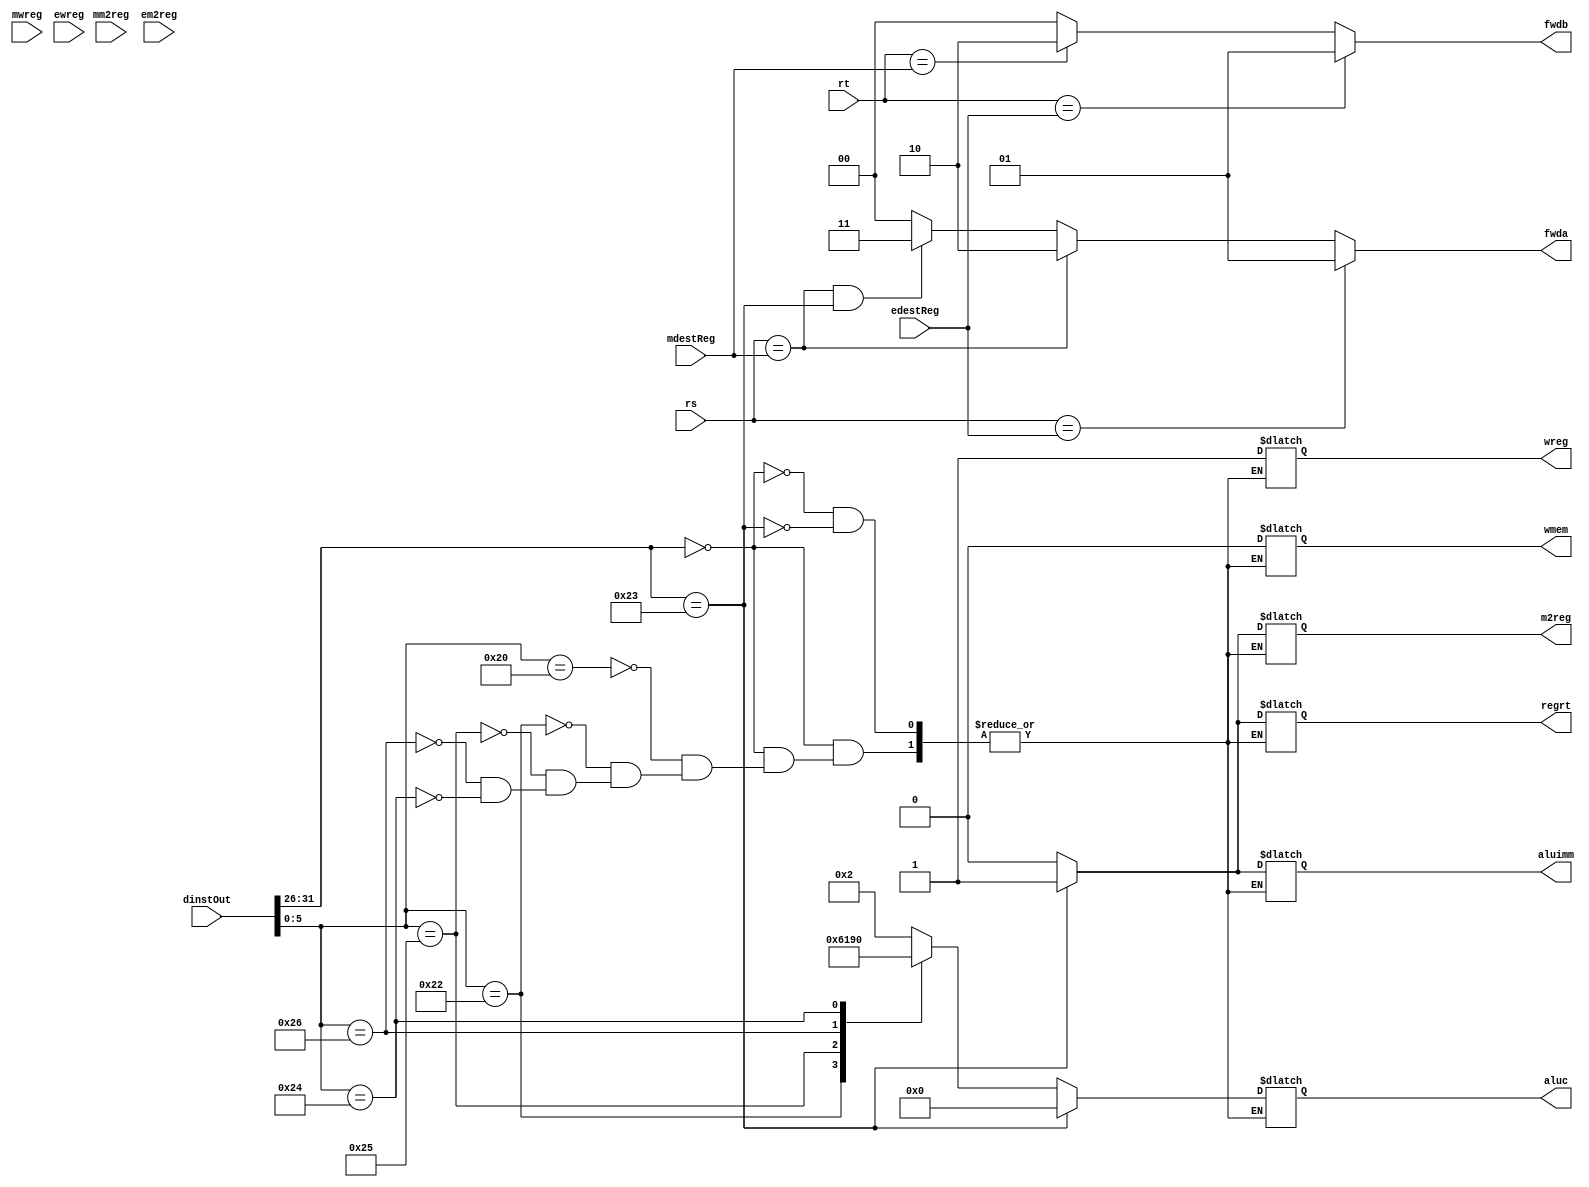
`timescale 1ns / 1ps
//////////////////////////////////////////////////////////////////////////////////
// Company: 
// Engineer: 
// 
// Design Name: 
// Module Name: controlUnit
// Project Name: 
// Target Devices: 
// Tool Versions: 
// Description: 
// 
// Dependencies: 
// 
// Revision:
// Revision 0.01 - File Created
// Additional Comments:
// 
//////////////////////////////////////////////////////////////////////////////////


module controlUnit(dinstOut, rs, rt, mdestReg, mm2reg, mwreg, edestReg, em2reg, ewreg, wreg, m2reg, wmem, aluc, aluimm, regrt, fwda, fwdb);
    input wire [31:0] dinstOut;
    input wire [4:0] rs;
    input wire [4:0] rt;
    input wire [4:0] mdestReg; //mdestReg
    input wire mm2reg;
    input wire mwreg;
    input wire [4:0] edestReg; //edestReg
    input wire em2reg;
    input wire ewreg;
    output reg wreg; //write register ..... if 1 we write to one of 32 registers in regFile
    output reg m2reg; //memory to register .... if wreg is 0 then this doesn't matter
    output reg wmem; //write memory .....if 1 we are writing to data memory, for now it is 0
    output reg [3:0] aluc; //ALU control ....operation to execute on the ALU .... for now will be 2 to represent add function
    output reg aluimm; //ALU immediate .... if 1 we use sign-ext imm in the ALU, if 0 we use qb in ALU
    output reg regrt; //register rt ... if wreg is 1 this doesn't matter .... if 1 we want to write to address of rt, if 0 we write to address of rd -> both in regFile
    output reg [1:0] fwda; //forwarding a from future hardware
    output reg [1:0] fwdb; //forwarding b from future hardware
    
    reg [5:0] op; //first 6 bits of dinstOut
    reg [5:0] func; //last 6 bits of dinstOut
    //reg [4:0] rs; //rs from dinstOut
    //reg [4:0] rt; //rt from dinstOut
    
    always @(*) begin
         op = dinstOut[31:26];
         func = dinstOut[5:0];
         //rs = dinstOut[25:21]; //qa
         //rt = dinstOut[20:16]; //qb
         
         
        
        case (op)
            6'b000000:
                begin                    
                    case (func)
                        6'b100000: //ADD instruction
                            begin
                            //setting values of control signals for ADD
                                wreg = 1'b1;
                                m2reg = 1'b0;
                                wmem = 1'b0;
                                aluc = 4'b0010;
                                aluimm = 1'b0;
                                regrt = 1'b0;
                            end
                        
                        6'b100010: //SUB instruction
                            begin
                                aluc = 4'b0110;
                                wreg = 1'b1;
                                m2reg = 1'b0;
                                wmem = 1'b0;
                                aluimm = 1'b0;
                                regrt = 1'b0;
                            end
                        
                        6'b100101: //OR instruction
                            begin
                                aluc = 4'b0001;
                                wreg = 1'b1;
                                m2reg = 1'b0;
                                wmem = 1'b0;
                                aluimm = 1'b0;
                                regrt = 1'b0;
                            end
                        
                        6'b100110: //XOR instruction
                            begin
                                aluc = 4'b1001;
                                wreg = 1'b1;
                                m2reg = 1'b0;
                                wmem = 1'b0;
                                aluimm = 1'b0;
                                regrt = 1'b0;
                            end
                        
                        6'b100100: //AND instruction
                            begin
                                aluc = 4'b0000;
                                wreg = 1'b1;
                                m2reg = 1'b0;
                                wmem = 1'b0;
                                aluimm = 1'b0;
                                regrt = 1'b0;
                            end
                            
                    endcase
                end
            6'b100011: //LW
                begin
                    //Setting values for control signals for LW instruction
                    wreg <= 1'b1;
                    m2reg <= 1'b1;
                    wmem <= 1'b0;
                    aluc <= 4'b0000;
                    aluimm <= 1'b1;
                    regrt <= 1'b1;
                end
        endcase    
        //Need to decide if we need forwarding for qa
         fwda <= 2'b00; //no hazard
         if (rs == edestReg)
             fwda <= 2'b01;
         else if (rs == mdestReg)
             fwda <= 2'b10;
         else if ((rs == mdestReg) & (op == 6'b100011))   //LW output in MEM stage
             fwda <= 2'b11;                     
        //Need to decide if we need forwarding for qb
        fwdb <= 2'b00; //no hazard
        if (rt == edestReg)
            fwdb <= 2'b01;
        else if (rt == mdestReg)
            fwdb <= 2'b10;
    end
endmodule